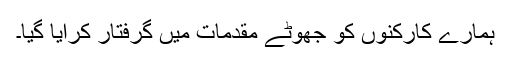
ہمارے کارکنوں کو جھوٹے مقدمات میں گرفتار کرایا گیا۔